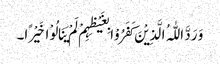
وَ رَدَّ اللّٰہُ الَّذِیْنَ کَفَرُوْا بِغَیْظِہِمْ لَمْ یَنَالُوْا خَیْرًا۔